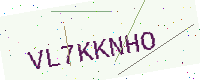
Text: VL7KKNHO